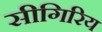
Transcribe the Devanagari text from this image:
सीगिरिय